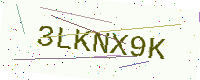
Text: 3LKNX9K